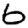
Digit: 6